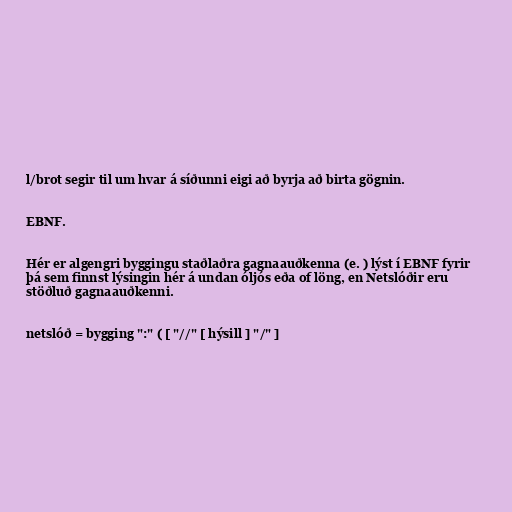
l/brot segir til um hvar á síðunni eigi að byrja að birta gögnin.

EBNF.

Hér er algengri byggingu staðlaðra gagnaauðkenna (e. ) lýst í EBNF fyrir
þá sem finnst lýsingin hér á undan óljós eða of löng, en Netslóðir eru
stöðluð gagnaauðkenni.

netslóð = bygging ":" ( [ "//" [ hýsill ] "/" ]